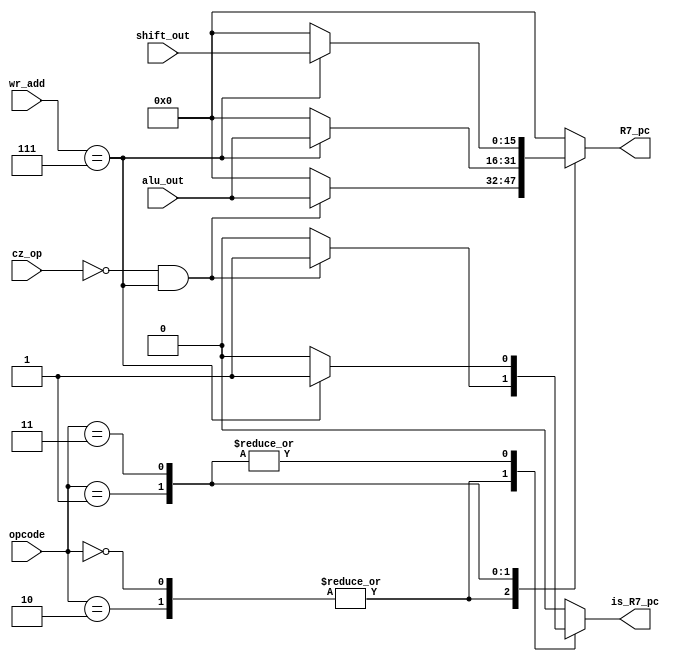
module Ex_R7_decide (opcode,wr_add,alu_out,cz_op,shift_out,is_R7_pc,R7_pc);

input [3:0] opcode;
input [2:0] wr_add;
input [15:0] alu_out, shift_out;
input [1:0] cz_op;
output reg is_R7_pc;
output reg [15:0] R7_pc;

always @(*)
begin

case(opcode)

4'b0000, 4'b0010:		// ADD, NDU
begin

if( (cz_op == 2'b00) && (wr_add == 3'b111) )
begin

is_R7_pc = 1;
R7_pc = alu_out;

end

else
begin

is_R7_pc = 0;
R7_pc = 16'h0000;

end

end

4'b0001:		// ADI
begin

if( wr_add == 3'b111)
begin

is_R7_pc = 1;
R7_pc = alu_out;

end

else
begin

is_R7_pc = 0;
R7_pc = 16'h0000;

end

end

4'b0011:		// LHI
begin

if( wr_add == 3'b111)
begin

is_R7_pc = 1;
R7_pc = shift_out;

end

else
begin

is_R7_pc = 0;
R7_pc = 16'h0000;

end

end

default:
begin

is_R7_pc = 0;
R7_pc = 16'h0000;		//won't be used

end

endcase

end

endmodule